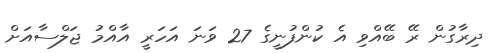
ދިރާގުން ރޭ ބޭއްވި އެ ކުންފުނީގެ 27 ވަނަ އަހަރީ އާއްމު ޖަލްސާއަށް